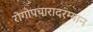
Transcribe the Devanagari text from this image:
रोगोपचारादरम्यान